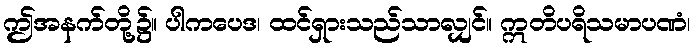
ဤအနက်တို့၌။ ပါကပေဒ၊ ထင်ရှားသည်သာလျှင်။ ဣတိပရိသမာပဏံ၊